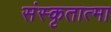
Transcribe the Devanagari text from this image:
संस्कृतात्मा